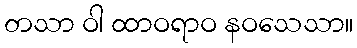
တသာ ဝါ ထာဝရာဝ နဝသေသာ။